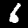
Label: 6